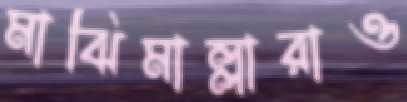
মাঝিমাল্লারাও